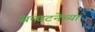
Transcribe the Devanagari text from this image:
सन्घटनेच्या